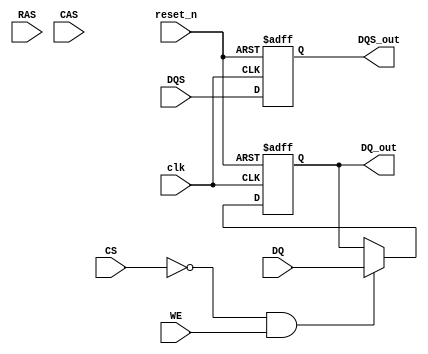
module LPDDR5_IO_Block #(
    parameter DATA_WIDTH = 16, // Supports x4, x8, x16 configurations
    parameter DQ_WIDTH = DATA_WIDTH, // Data bus width
    parameter DQS_WIDTH = DQ_WIDTH / 2 // Data strobe width
)(
    // Input Signals
    input wire [DQ_WIDTH-1:0] DQ,     // Data lines
    input wire [DQS_WIDTH-1:0] DQS,   // Data Strobe
    input wire CS,                     // Chip Select
    input wire RAS,                    // Row Address Strobe
    input wire CAS,                    // Column Address Strobe
    input wire WE,                     // Write Enable
    input wire clk,                    // Clock input
    input wire reset_n,                // Active low reset

    // Output Signals
    output wire [DQ_WIDTH-1:0] DQ_out, // Data output
    output wire [DQS_WIDTH-1:0] DQS_out // Data Strobe output
);

// Internal Signals
reg [DQ_WIDTH-1:0] DQ_reg;             // Register for data output
reg [DQS_WIDTH-1:0] DQS_reg;           // Register for data strobe output
reg power_mode;                         // Power state (active, idle, sleep)
reg [7:0] calibration_count;            // Calibration counter

// Input Buffer
always @(posedge clk or negedge reset_n) begin
    if (!reset_n) begin
        DQ_reg <= 0;
    end else if (CS == 0 && WE == 1) begin // Write operation
        DQ_reg <= DQ; // Capture input data
    end
end

// Output Buffer
assign DQ_out = DQ_reg; // Drive output data
assign DQS_out = DQS_reg; // Drive output data strobe

// Clock Management
always @(posedge clk or negedge reset_n) begin
    if (!reset_n) begin
        DQS_reg <= 0; // Reset DQS register
    end else begin
        DQS_reg <= DQS; // Pass through DQS
    end
end

// Control Logic
always @(posedge clk or negedge reset_n) begin
    if (!reset_n) begin
        // Reset control signals
        power_mode <= 1'b0; // Default to active
    end else if (CS == 0) begin
        if (WE) begin
            // Write command
            // Handle write operation
        end else begin
            // Read command
            // Handle read operation
        end
    end
end

// Calibration Logic
always @(posedge clk or negedge reset_n) begin
    if (!reset_n) begin
        calibration_count <= 0;
    end else begin
        if (calibration_count < 255) begin
            calibration_count <= calibration_count + 1; // Increment calibration counter
        end else begin
            calibration_count <= 0; // Reset after reaching limit
        end
    end
end

// Power Control Logic
always @(posedge clk or negedge reset_n) begin
    if (!reset_n) begin
        power_mode <= 1'b0; // Default to active
    end else begin
        // Implement power management states
        // e.g., transition to sleep mode based on conditions
    end
end

endmodule